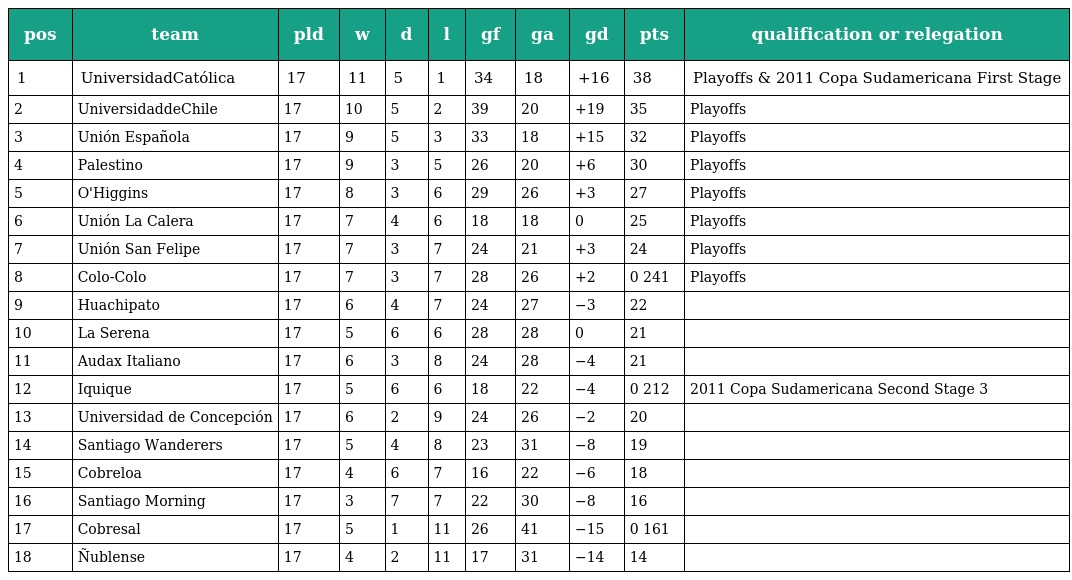
| pos | team | pld | w | d | l | gf | ga | gd | pts | qualification or relegation |
 | --- | --- | --- | --- | --- | --- | --- | --- | --- | --- | --- |
 | 1 | UniversidadCatólica | 17 | 11 | 5 | 1 | 34 | 18 | +16 | 38 | Playoffs & 2011 Copa Sudamericana First Stage |
 | 2 | UniversidaddeChile | 17 | 10 | 5 | 2 | 39 | 20 | +19 | 35 | Playoffs |
 | 3 | Unión Española | 17 | 9 | 5 | 3 | 33 | 18 | +15 | 32 | Playoffs |
 | 4 | Palestino | 17 | 9 | 3 | 5 | 26 | 20 | +6 | 30 | Playoffs |
 | 5 | O'Higgins | 17 | 8 | 3 | 6 | 29 | 26 | +3 | 27 | Playoffs |
 | 6 | Unión La Calera | 17 | 7 | 4 | 6 | 18 | 18 | 0 | 25 | Playoffs |
 | 7 | Unión San Felipe | 17 | 7 | 3 | 7 | 24 | 21 | +3 | 24 | Playoffs |
 | 8 | Colo-Colo | 17 | 7 | 3 | 7 | 28 | 26 | +2 | 0 241 | Playoffs |
 | 9 | Huachipato | 17 | 6 | 4 | 7 | 24 | 27 | −3 | 22 |  |
 | 10 | La Serena | 17 | 5 | 6 | 6 | 28 | 28 | 0 | 21 |  |
 | 11 | Audax Italiano | 17 | 6 | 3 | 8 | 24 | 28 | −4 | 21 |  |
 | 12 | Iquique | 17 | 5 | 6 | 6 | 18 | 22 | −4 | 0 212 | 2011 Copa Sudamericana Second Stage 3 |
 | 13 | Universidad de Concepción | 17 | 6 | 2 | 9 | 24 | 26 | −2 | 20 |  |
 | 14 | Santiago Wanderers | 17 | 5 | 4 | 8 | 23 | 31 | −8 | 19 |  |
 | 15 | Cobreloa | 17 | 4 | 6 | 7 | 16 | 22 | −6 | 18 |  |
 | 16 | Santiago Morning | 17 | 3 | 7 | 7 | 22 | 30 | −8 | 16 |  |
 | 17 | Cobresal | 17 | 5 | 1 | 11 | 26 | 41 | −15 | 0 161 |  |
 | 18 | Ñublense | 17 | 4 | 2 | 11 | 17 | 31 | −14 | 14 |  |